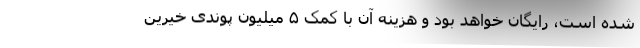
شده است، رایگان خواهد بود و هزینه آن با کمک ۵ میلیون پوندی خیرین